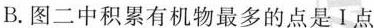
B.图二中积累有机物最多的点是Ⅰ点